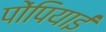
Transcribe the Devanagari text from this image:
पोंपियाईं